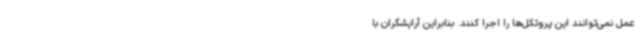
عمل نمی‌توانند این پروتکل‌ها را اجرا کنند. بنابراین آرایشگران با